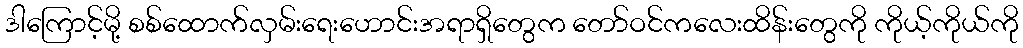
ဒါကြောင့်မို့ စစ်ထောက်လှမ်းရေးဟောင်းအရာရှိတွေက တော်ဝင်ကလေးထိန်းတွေကို ကိုယ့်ကိုယ်ကို